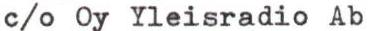
c/o Oy Yleisradio Ab